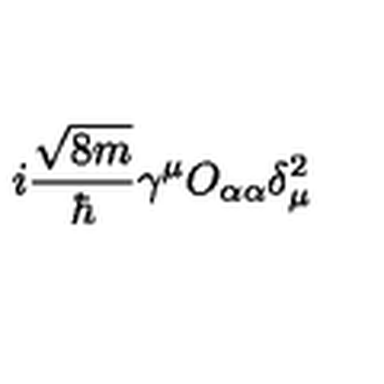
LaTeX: i \frac { \sqrt { 8 m } } { \hbar } \gamma ^ { \mu } O _ { \alpha \alpha } \delta _ { \mu } ^ { 2 }